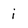
Character: i